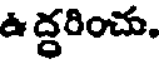
ఉ ద్ధరించు.